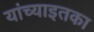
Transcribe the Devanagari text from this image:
यांच्याइतका